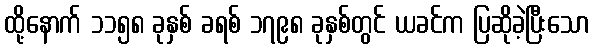
ထို့နောက် ၁၁၅၈ ခုနှစ် ခရစ် ၁၇၉၈ ခုနှစ်တွင် ယခင်က ပြဆိုခဲ့ပြီးသော